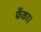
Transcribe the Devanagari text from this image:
फैंका।